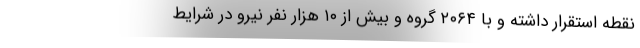
نقطه استقرار داشته و با ۲۰۶۴ گروه و بیش از ۱۰ هزار نفر نیرو در شرایط